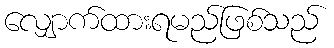
လျှောက်ထားရမည်ဖြစ်သည်